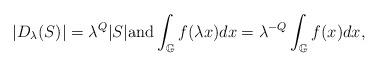
LaTeX: \begin{align*}|D_{\lambda}(S)|=\lambda^{Q}|S| {\rm and}\int_{\mathbb{G}}f(\lambda x)dx=\lambda^{-Q}\int_{\mathbb{G}}f(x)dx,\end{align*}